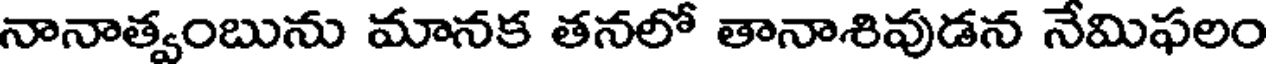
నానాత్వంబును మానక తనలో తానాశివుడన నేమిఫలం